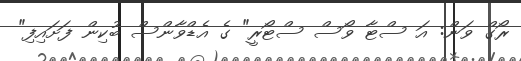
ރޯގް ވަން: އަ ސްޓާ ވޯސް ސްޓޯރީ" ގެ އެޑްވާންސް ބުކިން ފަށައިފި"